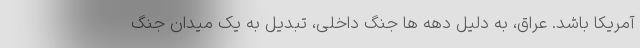
آمریکا باشد. عراق، به دلیل دهه ها جنگ داخلی، تبدیل به یک میدان جنگ